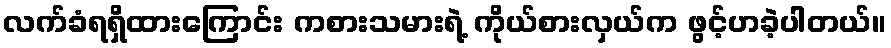
လက်ခံရရှိထားကြောင်း ကစားသမားရဲ့ ကိုယ်စားလှယ်က ဖွင့်ဟခဲ့ပါတယ်။